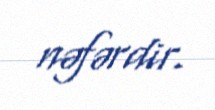
nəfərdir.